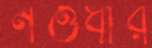
নওধার